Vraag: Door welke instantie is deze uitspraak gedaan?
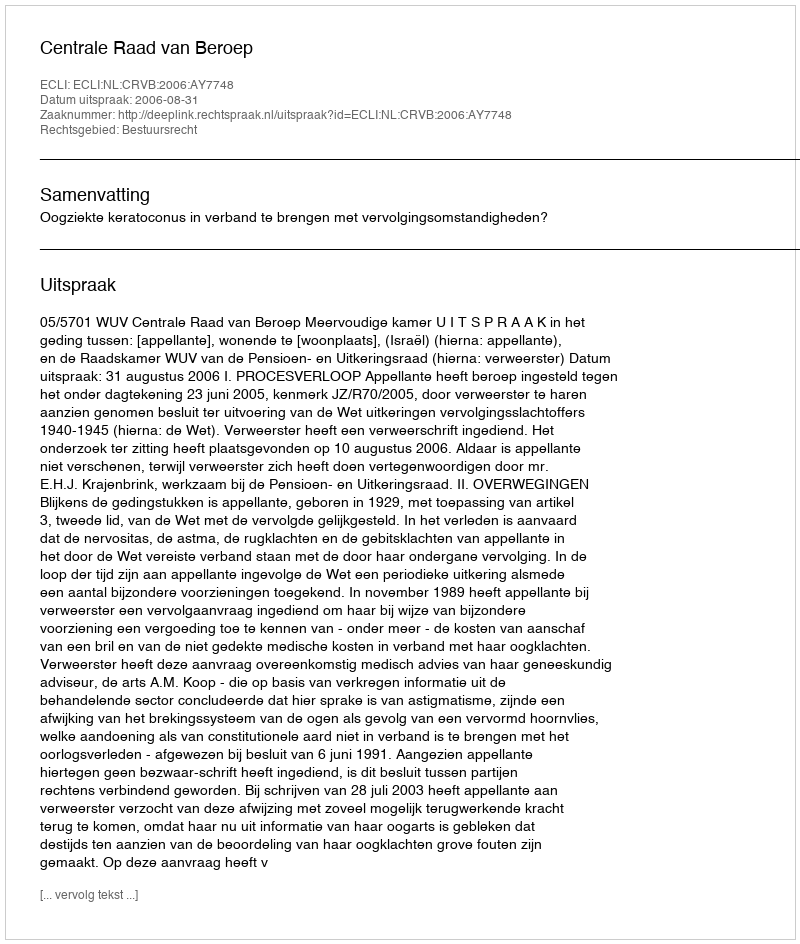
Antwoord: Centrale Raad van Beroep